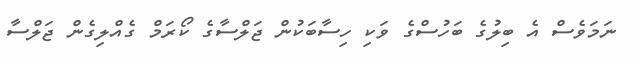
ނަމަވެސް އެ ބިލުގެ ބަހުސްގެ ވަކި ހިސާބަކުން ޖަލްސާގެ ކޯރަމް ގެއްލިގެން ޖަލްސާ